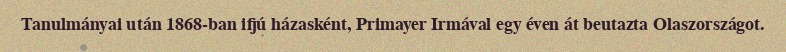
Tanulmányai után 1868-ban ifjú házasként, Primayer Irmával egy éven át beutazta Olaszországot.